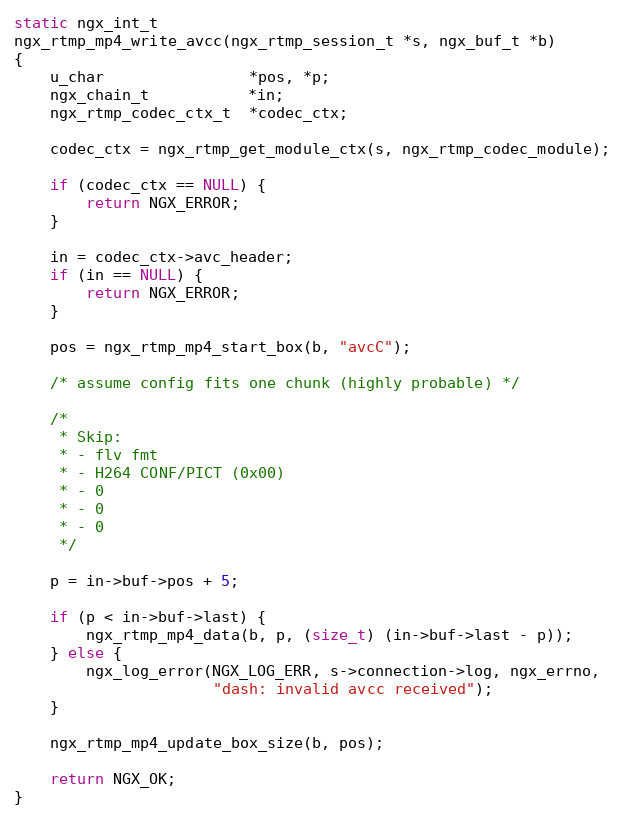
Language: C
static ngx_int_t
ngx_rtmp_mp4_write_avcc(ngx_rtmp_session_t *s, ngx_buf_t *b)
{
    u_char                *pos, *p;
    ngx_chain_t           *in;
    ngx_rtmp_codec_ctx_t  *codec_ctx;

    codec_ctx = ngx_rtmp_get_module_ctx(s, ngx_rtmp_codec_module);

    if (codec_ctx == NULL) {
        return NGX_ERROR;
    }

    in = codec_ctx->avc_header;
    if (in == NULL) {
        return NGX_ERROR;
    }

    pos = ngx_rtmp_mp4_start_box(b, "avcC");

    /* assume config fits one chunk (highly probable) */

    /*
     * Skip:
     * - flv fmt
     * - H264 CONF/PICT (0x00)
     * - 0
     * - 0
     * - 0
     */

    p = in->buf->pos + 5;

    if (p < in->buf->last) {
        ngx_rtmp_mp4_data(b, p, (size_t) (in->buf->last - p));
    } else {
        ngx_log_error(NGX_LOG_ERR, s->connection->log, ngx_errno,
                      "dash: invalid avcc received");
    }

    ngx_rtmp_mp4_update_box_size(b, pos);

    return NGX_OK;
}